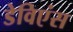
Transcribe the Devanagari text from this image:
डेविएंस